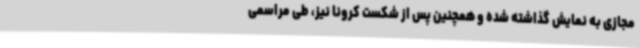
مجازی به نمایش گذاشته شده و همچنین پس از شکست کرونا نیز، طی مراسمی